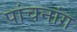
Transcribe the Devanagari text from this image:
पांचनांग